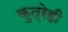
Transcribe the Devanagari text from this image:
कुत्रेही